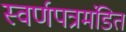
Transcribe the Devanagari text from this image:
स्वर्णपत्रमंडित